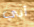
أبي